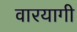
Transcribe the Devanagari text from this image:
वारयागी